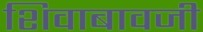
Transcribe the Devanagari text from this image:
शिवाबावजी